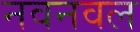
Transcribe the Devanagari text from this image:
नवनवल